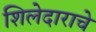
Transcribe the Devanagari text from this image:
शिलेदाराचे